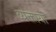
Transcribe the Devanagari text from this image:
व्यक्तायां